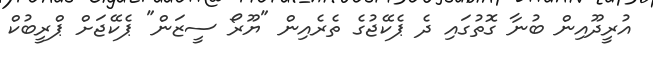
އުރީދޫއިން ބުނާ ގޮތުގައި ދެ ޕެކޭޖުގެ ތެރެއިން "ޔޫރޯ ސީޒަން" ޕެކޭޖަށް ޕްރީބުކް